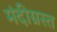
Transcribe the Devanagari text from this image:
मंदीग्रस्त